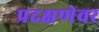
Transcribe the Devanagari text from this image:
प्रदक्षणेवर